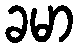
ခမာ